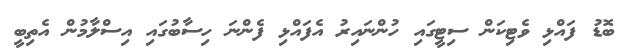
ބޮޑު ފައްޅި ވެޓިކަން ސިޓީގައި ހުންނައިރު އެފައްޅި ފެންނަ ހިސާބުގައި އިސްލާމުން އެތިބީ